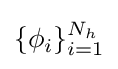
\{\phi _{i}\}_{i=1}^{N_{h}}